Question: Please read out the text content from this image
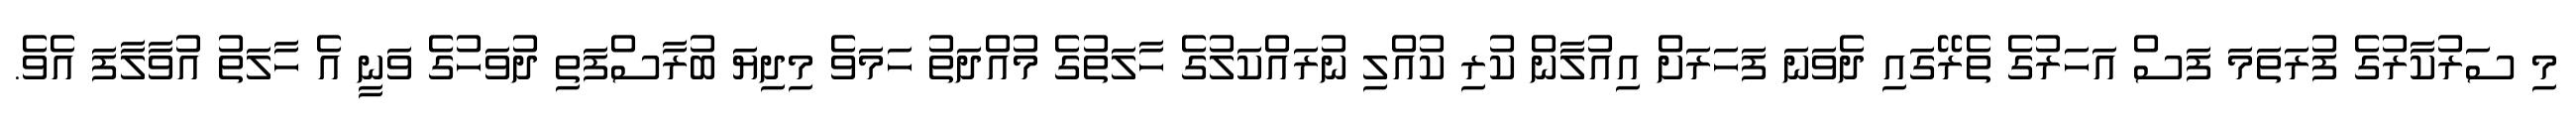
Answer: މި ސަރުކާރުގެ ފުރަތަމަ ފަސް އަހަރުގެ ތެރޭގައި ދެވަނަ ފަހަރަށް އިއުލާން ކުރި ކުއްލި ނުރައްކަލުގެ ހާލަތުގެ މުއްދަތު ހަމަވެ މިދިޔަ ބުރާސްފަތި ދުވަހުގެ ވަނީ އެ ހާލަތު އުވާލާފަ އެވެ.